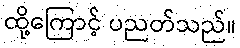
ထို့ကြောင့် ပညတ်သည်။